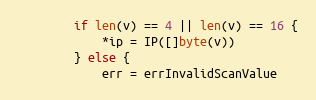
Language: Go
		if len(v) == 4 || len(v) == 16 {
			*ip = IP([]byte(v))
		} else {
			err = errInvalidScanValue